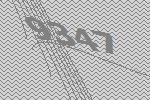
9347